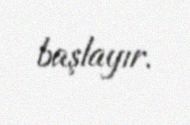
başlayır.